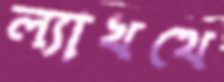
ল্যাখথে